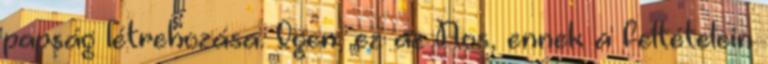
papság létrehozása. Igen, ez az Nos, ennek a feltételein